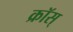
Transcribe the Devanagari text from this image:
क्रॉस्